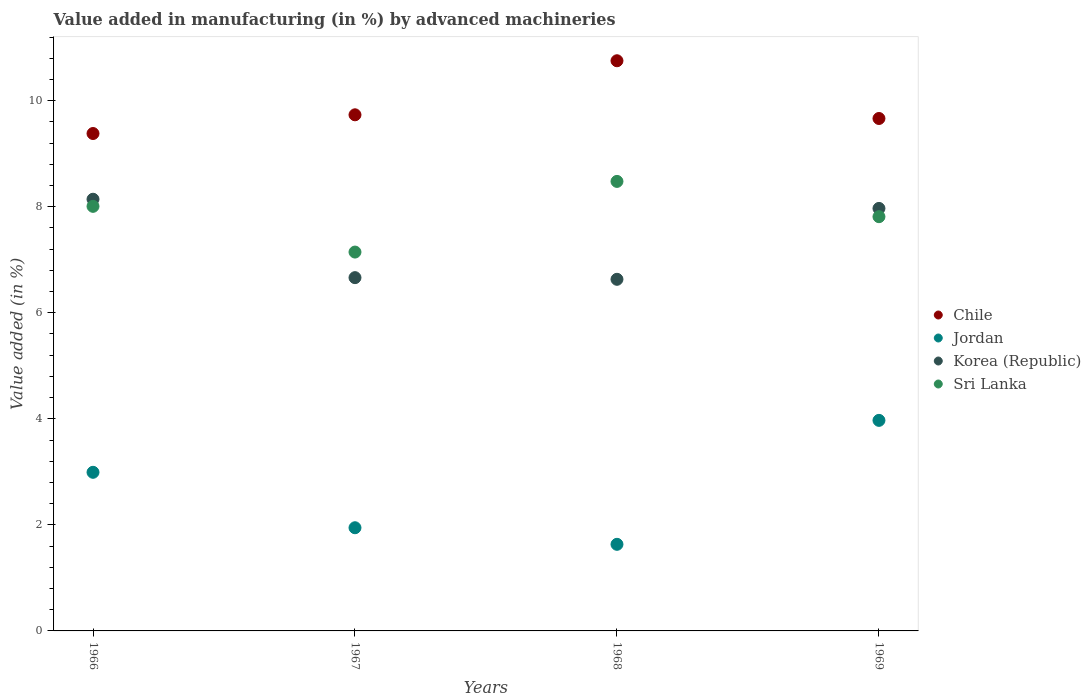
| Years | Chile | Jordan | Korea (Republic) | Sri Lanka |
 | --- | --- | --- | --- | --- |
 | 1966 | 9.38 | 2.99 | 8.14 | 8.01 |
 | 1967 | 9.73 | 1.95 | 6.66 | 7.14 |
 | 1968 | 10.8 | 1.63 | 6.63 | 8.48 |
 | 1969 | 9.66 | 3.97 | 7.97 | 7.81 |